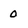
Character: 0